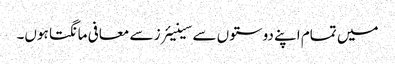
میں تمام اپنے دوستوں سے سینیئرز سے معافی مانگتا ہوں۔